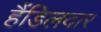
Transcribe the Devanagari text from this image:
हैंडिलदार